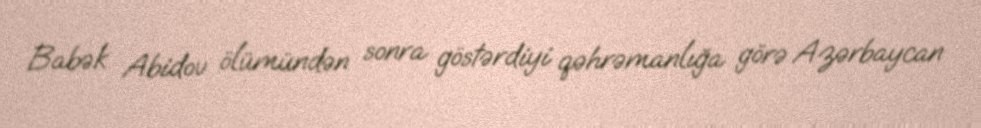
Babək Abidov ölümündən sonra göstərdiyi qəhrəmanlığa görə Azərbaycan